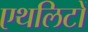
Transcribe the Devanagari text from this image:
एथलिटों